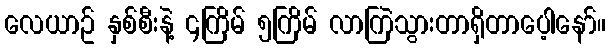
လေယာဥ် နှစ်စီးနဲ့ ၄ကြိမ် ၅ကြိမ် လာကြဲသွားတာရှိတာပေ့ါနော်။